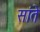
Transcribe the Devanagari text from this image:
सांते